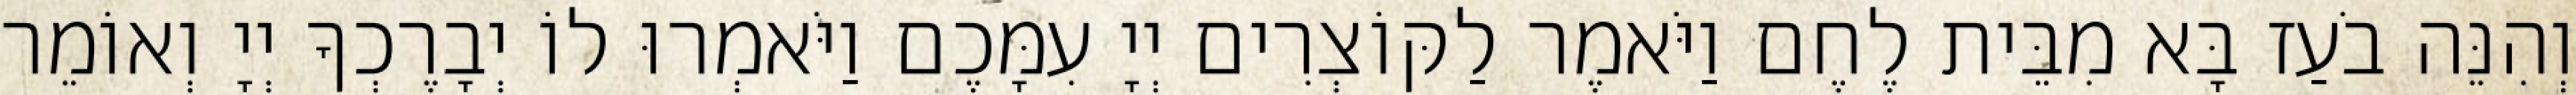
וְהִנֵּה בֹעַז בָּא מִבֵּית לֶחֶם וַיֹּאמֶר לַקּוֹצְרִים יְיָ עִמָּכֶם וַיֹּאמְרוּ לוֹ יְבָרֶכְךָ יְיָ וְאוֹמֵר